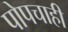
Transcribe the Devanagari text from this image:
पोपचाही